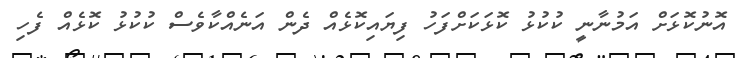
އޮނުކޮޅަށް އަމުނާނީ ކުކުޅު ކޮޅަކަށްފަހު ފިޔައިކޮޅެއް ދެން އަނެއްކާވެސް ކުކުޅު ކޮޅެއް ފެހި